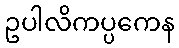
ဥပါလိကပ္ပကေန